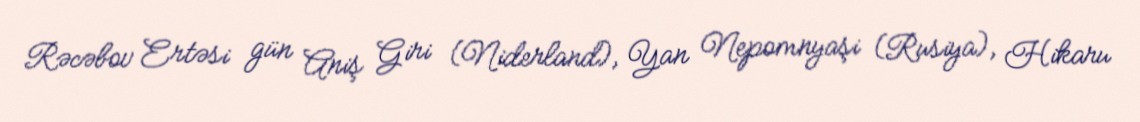
Rəcəbov Ertəsi gün Aniş Giri (Niderland), Yan Nepomnyaşi (Rusiya), Hikaru